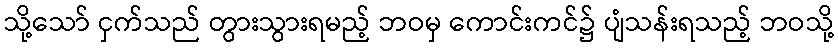
သို့သော် ငှက်သည် တွားသွားရမည့် ဘဝမှ ကောင်းကင်၌ ပျံသန်းရသည့် ဘဝသို့